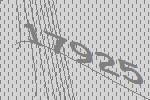
17925